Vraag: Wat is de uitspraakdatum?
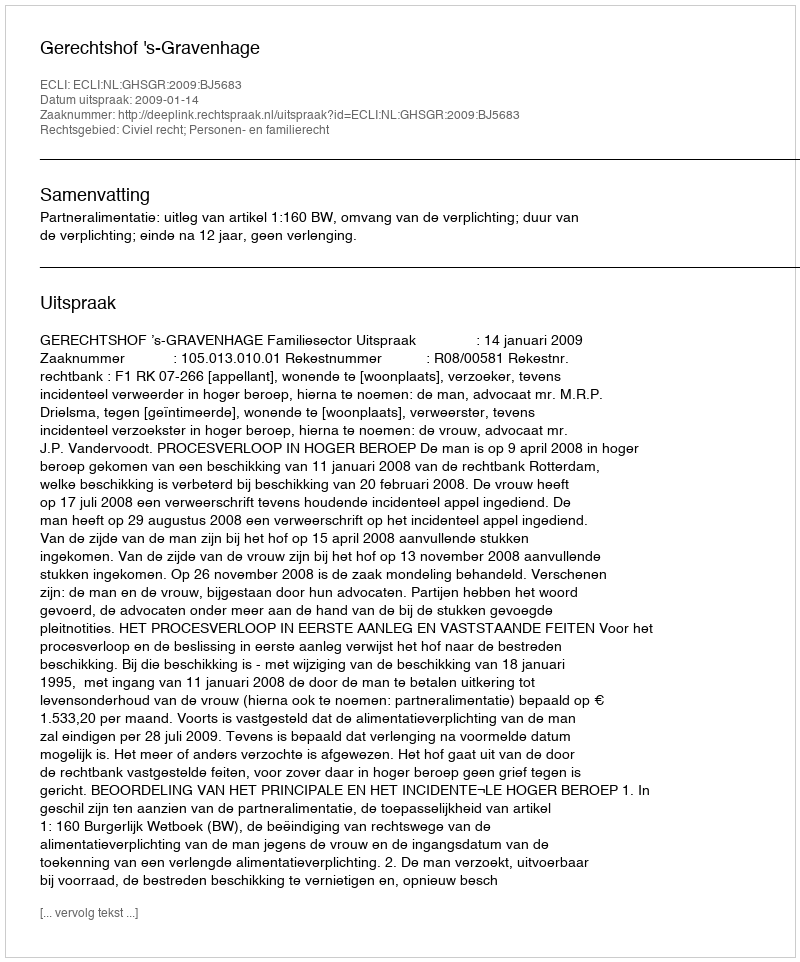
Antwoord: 2009-01-14